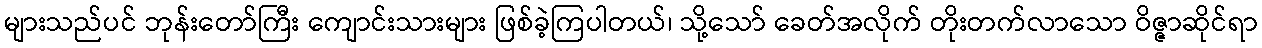
များသည်ပင် ဘုန်းတော်ကြီး ကျောင်းသားများ ဖြစ်ခဲ့ကြပါတယ်၊ သို့သော် ခေတ်အလိုက် တိုးတက်လာသော ဝိဇ္ဇာဆိုင်ရာ